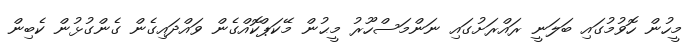
މީހުން ހޮވުމުގައި ބަލަނީ ރައްރަށުގައި ނަންމަސްހޫރު މީޙުން މޭކަޕްކޮއްގެން ވައްދައިގެން ގެންގުޅުން ކެބިން